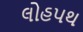
લોહપથ